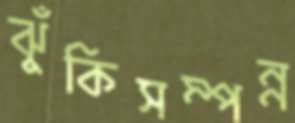
ঝুঁকিসম্পন্ন